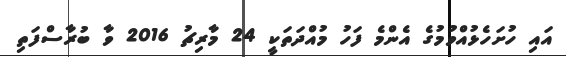
އައި ހުށަހެޅުއްވުމުގެ އެންމެ ފަހު މުއްދަތަކީ 24 މާރިޗު 2016 ވާ ބުރާސްފަތި